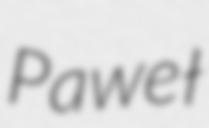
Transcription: Paweł